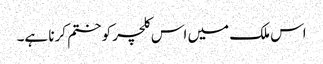
اس ملک میں اس کلچر کو ختم کرنا ہے۔